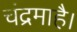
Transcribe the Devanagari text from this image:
चंद्रमाहै।